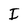
Character: I